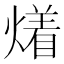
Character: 𤏲